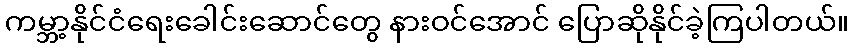
ကမ္ဘာ့နိုင်ငံရေးခေါင်းဆောင်တွေ နားဝင်အောင် ပြောဆိုနိုင်ခဲ့ကြပါတယ်။